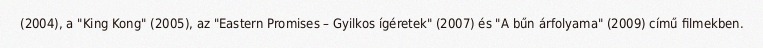
(2004), a "King Kong" (2005), az "Eastern Promises – Gyilkos ígéretek" (2007) és "A bűn árfolyama" (2009) című filmekben.